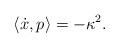
LaTeX: \begin{align*}\left<\dot{x},p\right> = -\kappa^2.\end{align*}